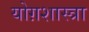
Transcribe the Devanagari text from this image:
योग़शास्त्रा